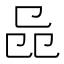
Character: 𠨕